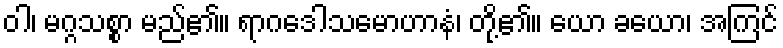
ဝါ၊ မဂ္ဂသစ္စာ မည်၏။ ရာဂဒေါသမောဟာနံ၊ တို့၏။ ယော ခယော၊ အကြင်